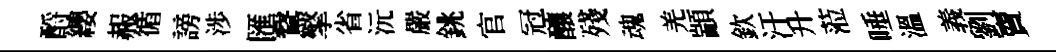
酹纓赧循謗渉匯鵞擎省沅嚴銚官冠釀殘魂羌顓欽汙升蒞唾溫義劉𧶠